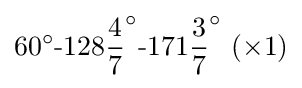
60^{\circ }{\text{-}}128{\frac {4}{7}}^{\circ }{\text{-}}171{\frac {3}{7}}^{\circ }~(\times 1)